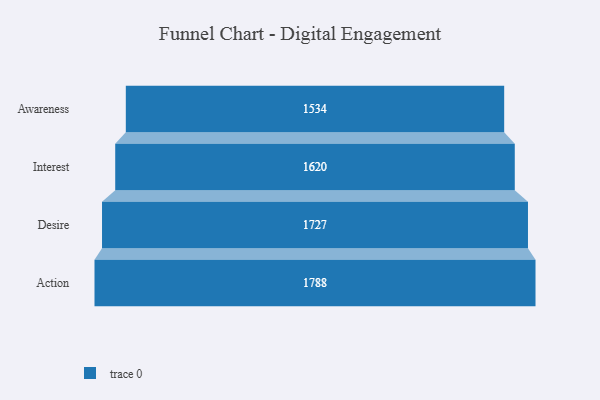
{"axis": {"x": "Stage", "y": "Value"}, "legend": [""], "data": [{"x": "Awareness", "y": 1534.0, "type": ""}, {"x": "Interest", "y": 1620.0, "type": ""}, {"x": "Desire", "y": 1727.0, "type": ""}, {"x": "Action", "y": 1788.0, "type": ""}]}